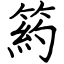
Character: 箹